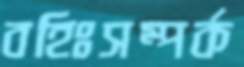
বহিঃসম্পর্ক